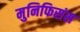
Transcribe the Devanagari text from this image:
मुनिफिसंस